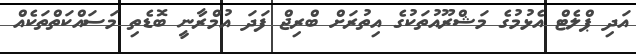
އަދި ޕްލެޓް އެޅުމުގެ މަޝްރޫއުތަކުގެ އިތުރަށް ބްރިޖް ފަދަ އުމްރާނީ ބޮޑެތި މަސައްކަތްތަކެއް